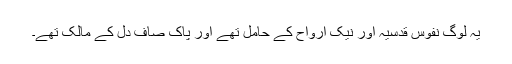
یہ لوگ نفوسِ قدسیہ اور نیک ارواح کے حامل تھے اور پاک صاف دل کے مالک تھے۔